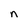
Character: n